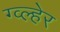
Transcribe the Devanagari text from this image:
ग्व्ल्हेर